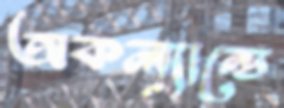
অকল্যান্ডে